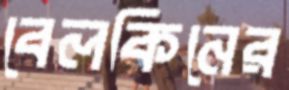
বেলকিনের